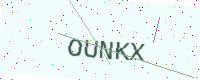
Text: OUNKX